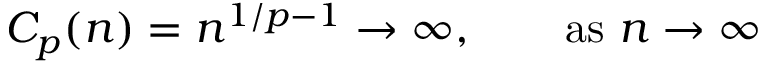
C _ { p } ( n ) = n ^ { 1 / p - 1 } \to \infty , \qquad { \mathrm { a s ~ } } n \to \infty